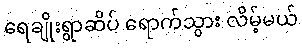
ရေချိုးရွာဆိပ် ရောက်သွား လိမ့်မယ်